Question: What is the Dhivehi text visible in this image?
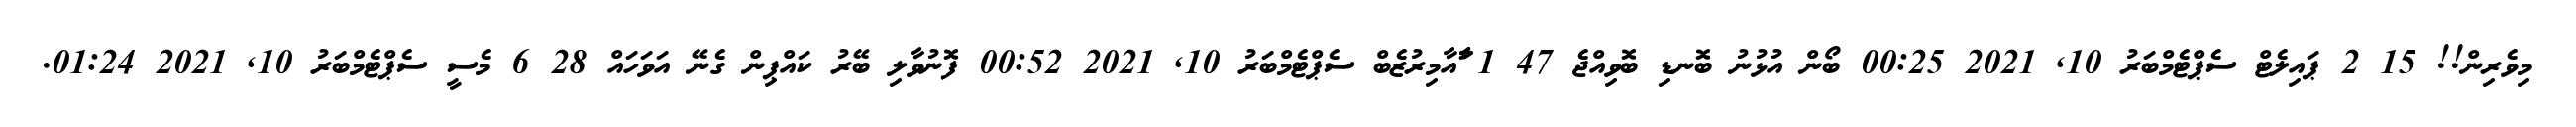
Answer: މިވެރިން!! 15 2 ޕައިލެޓް ސެޕްޓެމްބަރު 10, 2021 00:25 ބޯން އުޅުނު ބޮނޑި ބޮވިއްޖެ 47 1 ާަާއާމިރުޒެބް ސެޕްޓެމްބަރު 10, 2021 00:52 ފޮނުވާލި ބޭރު ކައްޕިން ގެނޭ އަވަހައް 28 6 މެސީ ސެޕްޓެމްބަރު 10, 2021 01:24.